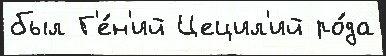
был Г'е́н'ий Цецил'ий ро́да